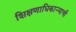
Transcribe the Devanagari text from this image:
शिक्षणाधिकाऱ्याची